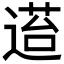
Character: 𬨴